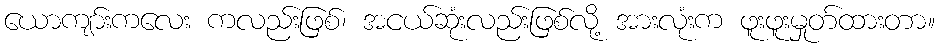
ယောကျာ်းကလေး ကလည်းဖြစ်၊ အငယ်ဆုံးလည်းဖြစ်လို့ အားလုံးက ဖူးဖူးမှုတ်ထားတာ။